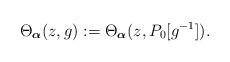
LaTeX: \begin{align*}\Theta_{\boldsymbol{\alpha}}(z,g):=\Theta_{\boldsymbol{\alpha}}(z,P_0[g^{-1}]).\end{align*}